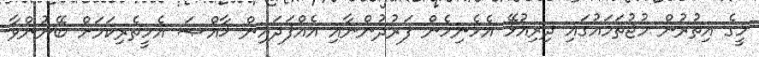
މީގެ އިތުރުން މުޖުތަމައުގައި ދިރިއުޅޭ އެހެނިހެން ފަރުދުންނާއި އެއްފަދައިން ޚާއްޞަ އެހީތެރިކަމަށް ބޭނުންވާ